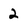
Character: 2